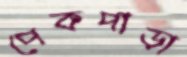
পেকপাড়া